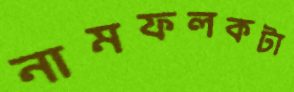
নামফলকটা